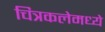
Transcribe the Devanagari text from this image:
चित्रकलेमध्ये